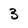
Character: 3